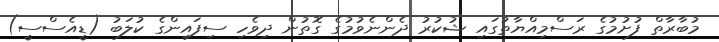
މުބާރާތް ފުށުމުގެ ރަސްމިއްޔާތުގައި ޝުކުރު ދެންނެވުމުގެ ގޮތުން ދިވެހި ސިފައިންގެ ކުލަބު (ޑީއެސްސީ)